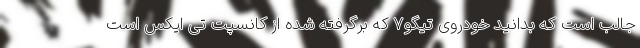
جالب است که بدانید خودروی تیگو7 که برگرفته شده از کانسپت تی ایکس است